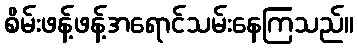
စိမ်းဖန့်ဖန့်အရောင်သမ်းနေကြသည်။